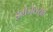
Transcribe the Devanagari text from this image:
इमेजेससह